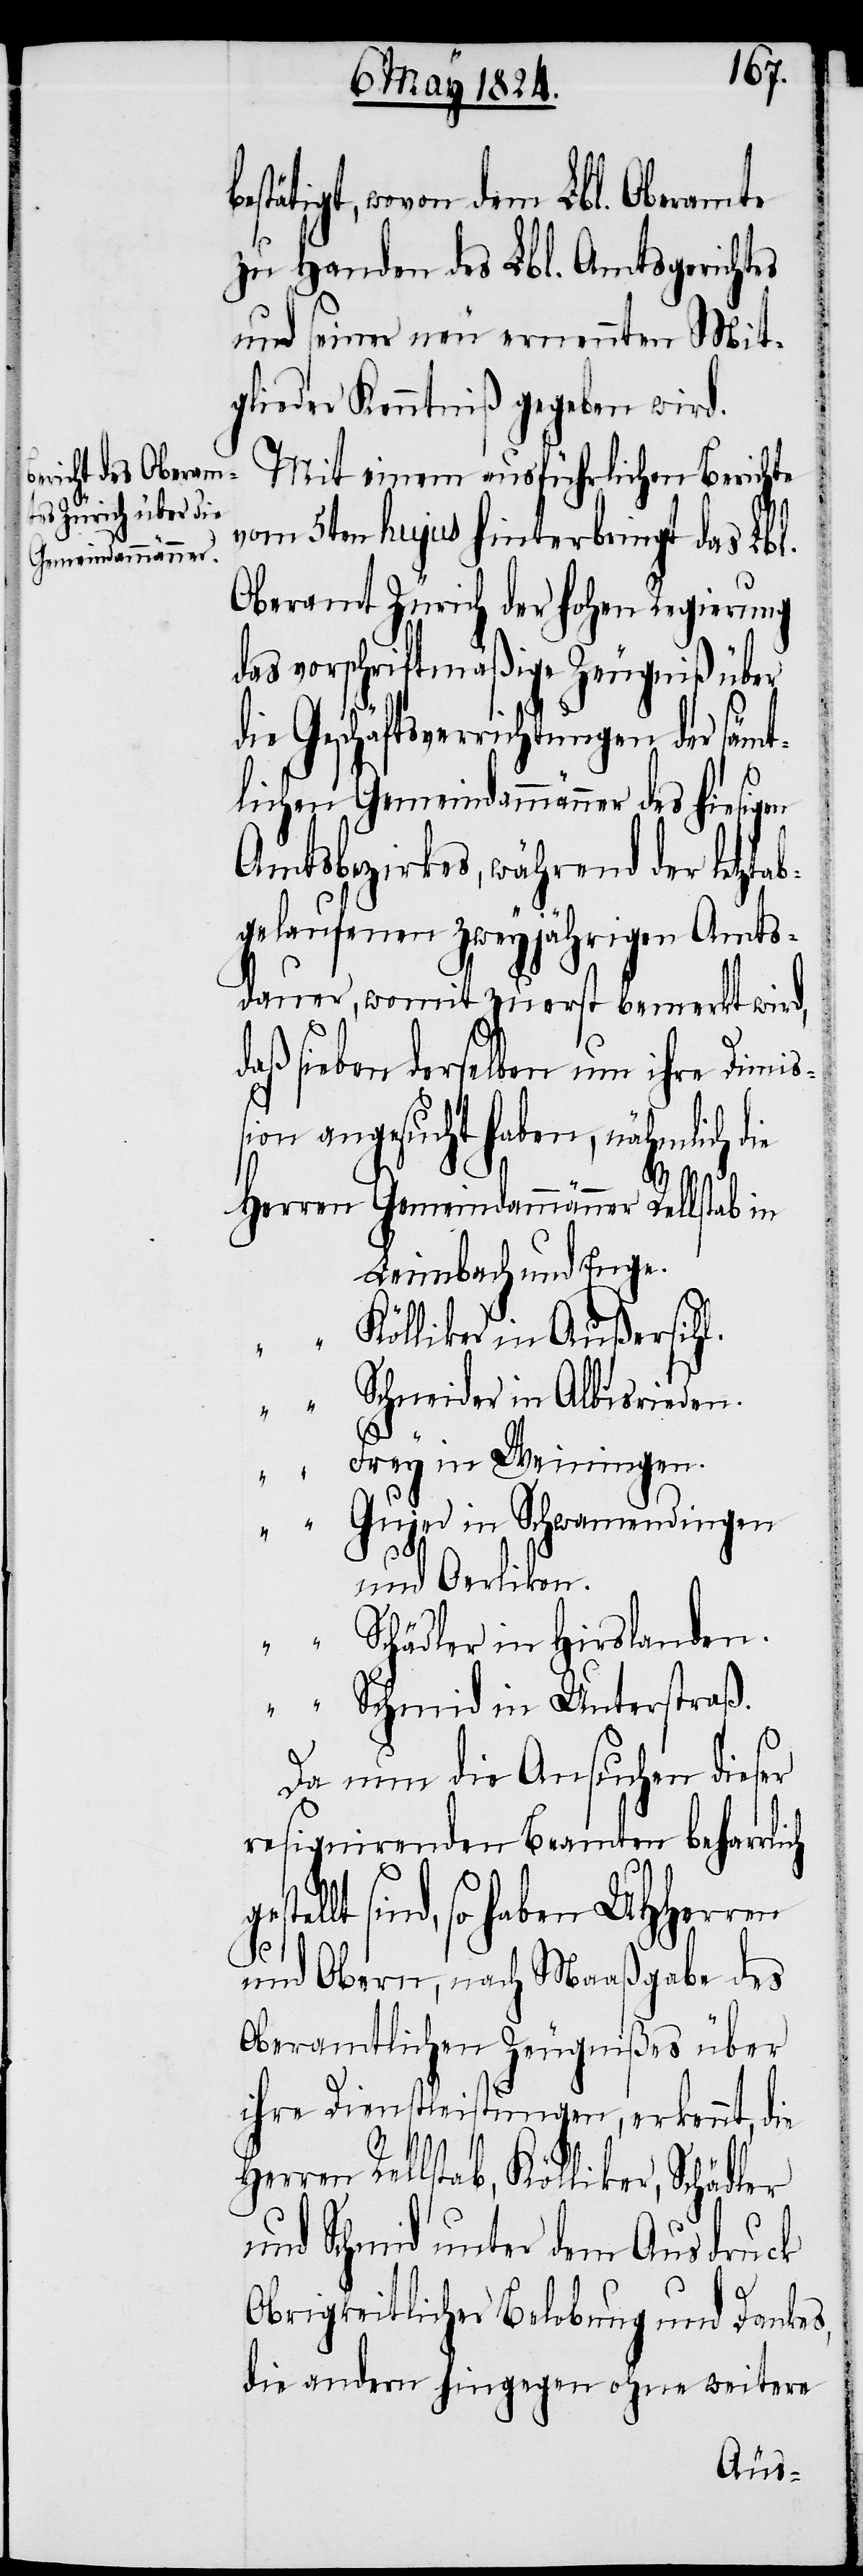
stätigt, wovon dem Lbl. Oberamte
zu Handen des Lbl. Amtsgerichtes
und seiner neu ernennten Mit¬
glieder Kenntniß gegeben wird.
Mit einem ausführlichen Berichte
5ten hujus hinterbringt das Lbl.
Oberamt Zürich der hohen Regierung
das vorschriftsmäßige Zeugniß über
die Geschäftsverrichtungen der sämt¬
lichen Gemeindammänner des hiesigen
Amtsbezirkes, während der letzta¬
bgelaufenen zweyjährigen Amts¬
dauer, womit zuerst bemerkt wird,
daß sieben derselben um ihre Dimiß¬
ion angesucht haben, nähmlich die
Herren Gemeindammänner Rellstab in
Leimbach und Enge.
“ “ Kölliker in Außersihl.
“ “ Schneider in Albisrieden.
“ “ Frey in Weiningen.
“ “ Gujer in Schwammendingen
und Oerlikon.
“ “ Schädler in Hirslanden.
“ “ Schmid in Unterstraß.
Da nun die Ansuchen dieser
resignirenden Beamten beharrli¬
sind, so haben UHHerren
und Obern, nach Maaßgabe des
Oberamtlichen Zeugnißes über
ihre Dienstleistungen, erkennt, die
Rellstab, Kölliker, Schädler
und Schmid unter dem Ausdruck
ch
Obrigkeitlicher Belobung und Dankes,
die andern hingegen ohne weitere